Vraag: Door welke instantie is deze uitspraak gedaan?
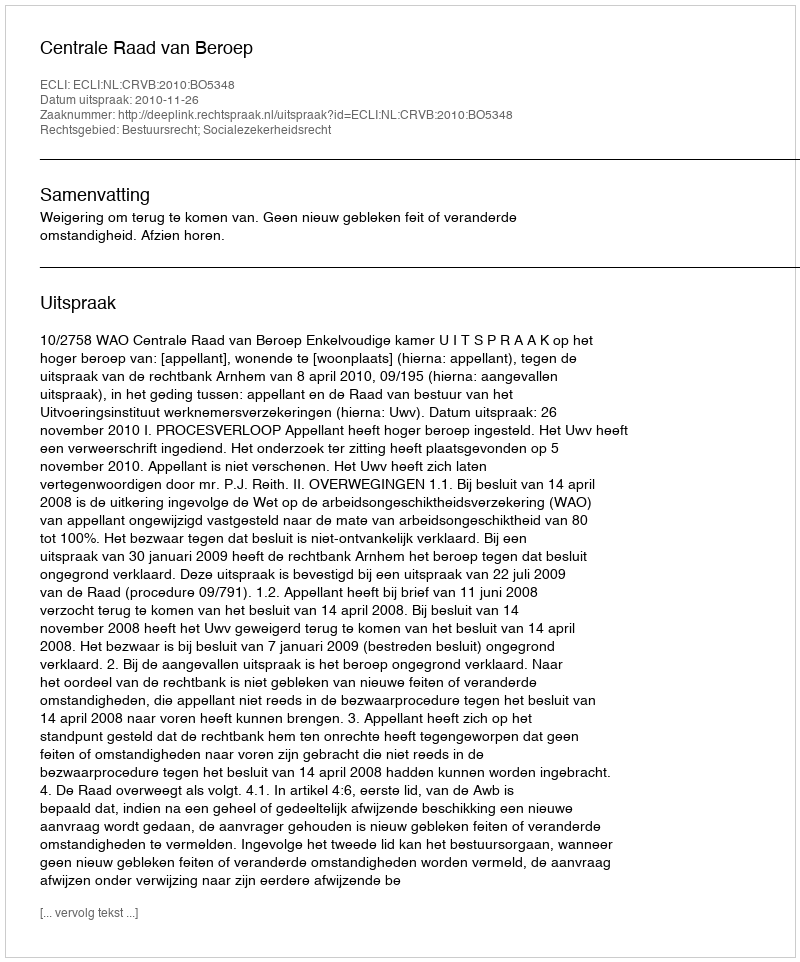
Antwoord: Centrale Raad van Beroep